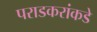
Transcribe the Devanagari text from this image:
पराडकरांकडे